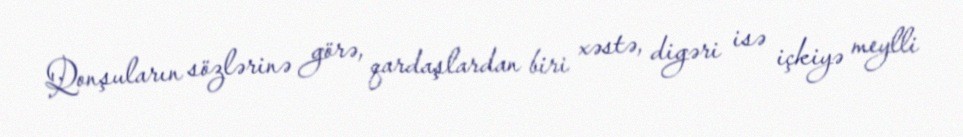
Qonşuların sözlərinə görə, qardaşlardan biri xəstə, digəri isə içkiyə meylli